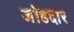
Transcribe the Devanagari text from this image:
जोडदार